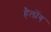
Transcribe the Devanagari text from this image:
हैलोंग